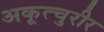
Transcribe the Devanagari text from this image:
अकूत्चुरीर